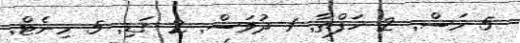
5 މަސް